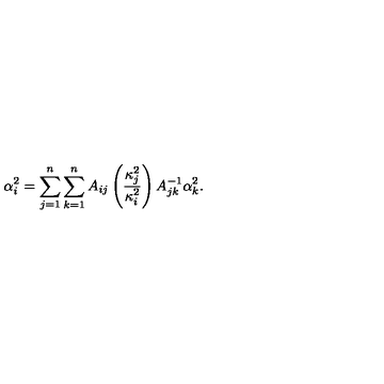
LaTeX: \alpha _ { i } ^ { 2 } = \sum _ { j = 1 } ^ { n } \sum _ { k = 1 } ^ { n } A _ { i j } \left( \frac { \kappa _ { j } ^ { 2 } } { \kappa _ { i } ^ { 2 } } \right) A _ { j k } ^ { - 1 } \alpha _ { k } ^ { 2 } .